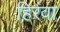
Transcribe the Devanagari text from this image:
हिरंवा